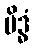
မိဒ္ဓံ